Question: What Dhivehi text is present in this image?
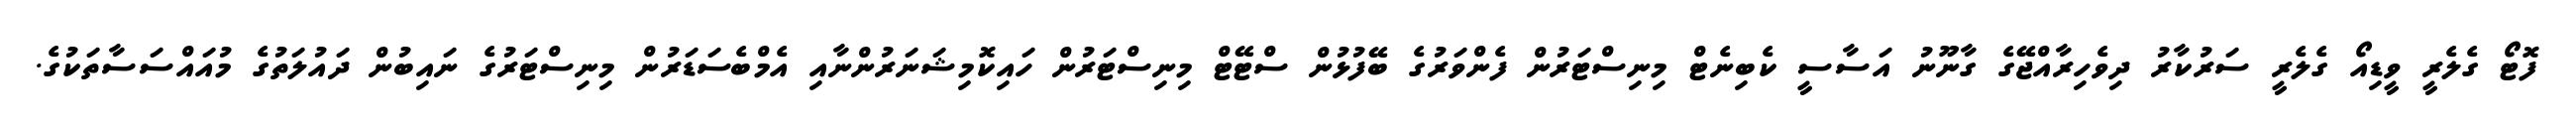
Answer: ފޮޓޯ ގެލެރީ ވީޑިއޯ ގެލެރީ ސަރުކާރު ދިވެހިރާއްޖޭގެ ގާނޫނު އަސާސީ ކެބިނެޓް މިނިސްޓަރުން ފެންވަރުގެ ބޭފުޅުން ސްޓޭޓް މިނިސްޓަރުން ހައިކޮމިޝަނަރުންނާއި އެމްބެސަޑަރުން މިނިސްޓަރުގެ ނައިބުން ދައުލަތުގެ މުއައްސަސާތަކުގެ.